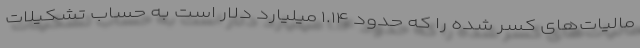
مالیات‌های کسر شده را که حدود ۱.۱۴ میلیارد دلار است به حساب تشکیلات